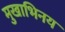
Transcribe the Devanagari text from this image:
मुखाभिनय